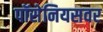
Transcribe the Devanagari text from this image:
पॉसेनियसवर